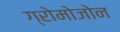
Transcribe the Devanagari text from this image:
ग्रोमोजोन